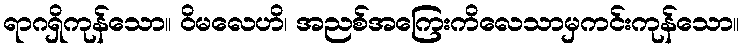
ရာဂရှိကုန်သော။ ဝိမလေဟိ၊ အညစ်အကြေးကိလေသာမှကင်းကုန်သော။